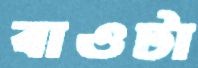
বাওটা